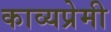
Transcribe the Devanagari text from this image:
काव्यप्रेमी